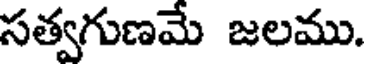
సత్వగుణమే జలము.